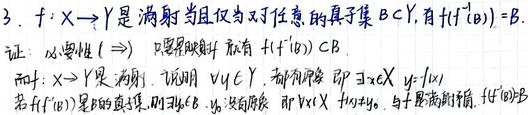
3. $f:X\rightarrow Y$ 是满射当且仅当对于任意的真子集 $B\subset Y$，有 $f(f^{-1}(B)) = B$.
证：必要性 $(\Rightarrow)$ 只要是映射 就有 $f(f^{-1}(B))\subset B$.
而 $f:X\rightarrow Y$ 是满射. 说明 $\forall y\in Y$，都有原像 即 $\exists x\in X$，$y = f(x)$.
若 $f(f^{-1}(B))$ 是 $B$ 的真子集, 则 $\exists y\in B$，$y$ 没有原像 即 $\forall x\in X$，$y\neq f(x)$，与 $f$ 是满射矛盾. $f(f^{-1}(B))=B$.